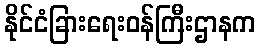
နိုင်ငံခြားရေးဝန်ကြီးဌာနက